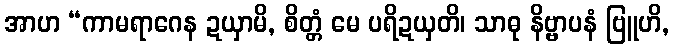
အာဟ “ကာမရာဂေန ဍယှာမိ, စိတ္တံ မေ ပရိဍယှတိ၊ သာဓု နိဗ္ဗာပနံ ဗြူဟိ,